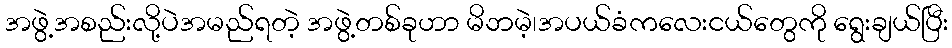
အဖွဲ့အစည်းလို့ပဲအမည်ရတဲ့ အဖွဲ့တစ်ခုဟာ မိဘမဲ့၊အပယ်ခံကလေးငယ်တွေကို ရွေးချယ်ပြီး